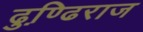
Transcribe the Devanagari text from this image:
ढुण्ढि़राज